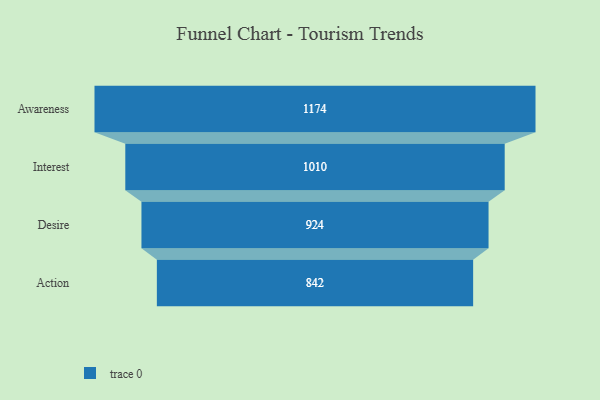
{"axis": {"x": "Stage", "y": "Value"}, "legend": [""], "data": [{"x": "Awareness", "y": 1174.0, "type": ""}, {"x": "Interest", "y": 1010.0, "type": ""}, {"x": "Desire", "y": 924.0, "type": ""}, {"x": "Action", "y": 842.0, "type": ""}]}